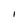
Character: I